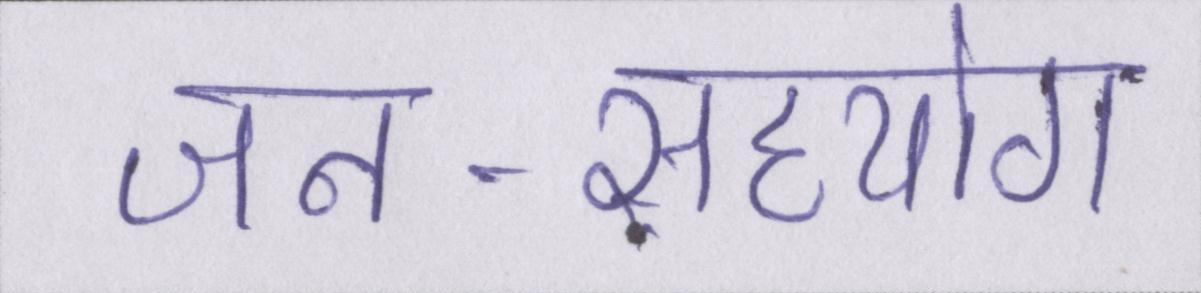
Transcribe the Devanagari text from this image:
जन-सहयोग